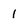
Character: 1